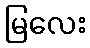
မြလေး